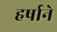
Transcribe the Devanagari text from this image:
हर्षाने